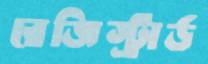
রেজিস্ট্রার্ড